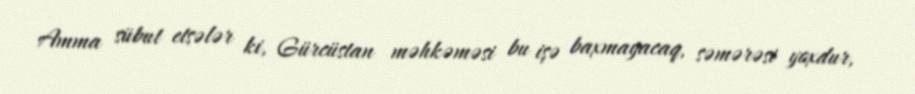
Amma sübut etsələr ki, Gürcüstan məhkəməsi bu işə baxmayacaq, səmərəsi yoxdur,